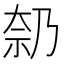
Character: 𪥑